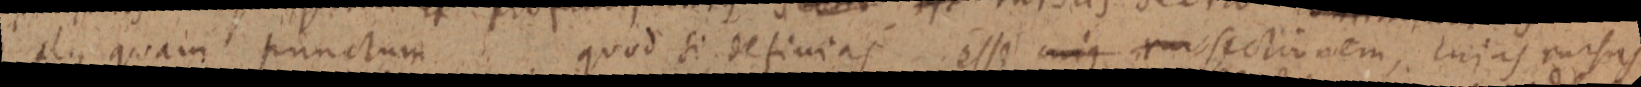
plus quam punctum quod si definias esse cuius _ sectionem, cujus rursus